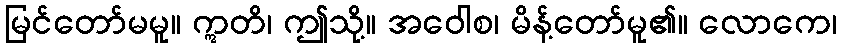
မြင်တော်မမူ။ ဣတိ၊ ဤသို့။ အဝေါစ၊ မိန့်တော်မူ၏။ လောကေ၊